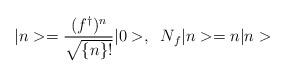
LaTeX: \begin{align*}|n>=\frac{(f^{\dagger })^n}{\sqrt{\{n\}!}}|0>,\;\;N_f|n>=n|n>\end{align*}